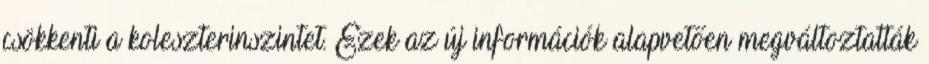
csökkenti a koleszterinszintet. Ezek az új információk alapvetően megváltoztatták